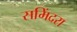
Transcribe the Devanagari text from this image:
समिंदरा